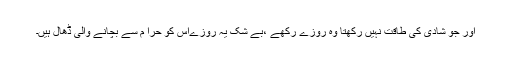
اور جو شادی کی طاقت نہیں رکھتا وہ روزے رکھے ،بے شک یہ روزےاس کو حرا م سے بچانے والی ڈھال ہیں۔